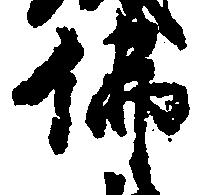
仏